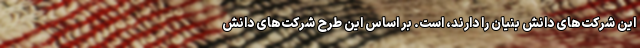
این شرکت‌های دانش بنیان را دارند، است. بر اساس این طرح شرکت‌های دانش